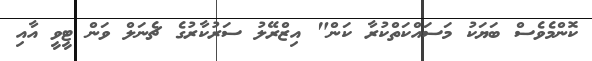
ކޮންމެވެސް ބަޔަކު މަސައްކަތްކުރާ ކަން" އިޒްރޭލު ސަރުކާރުގެ ޗެނަލް ވަން ޓީވީ އާއި